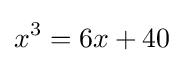
x^{3}=6x+40